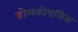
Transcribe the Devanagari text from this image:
डोलकोपसिस